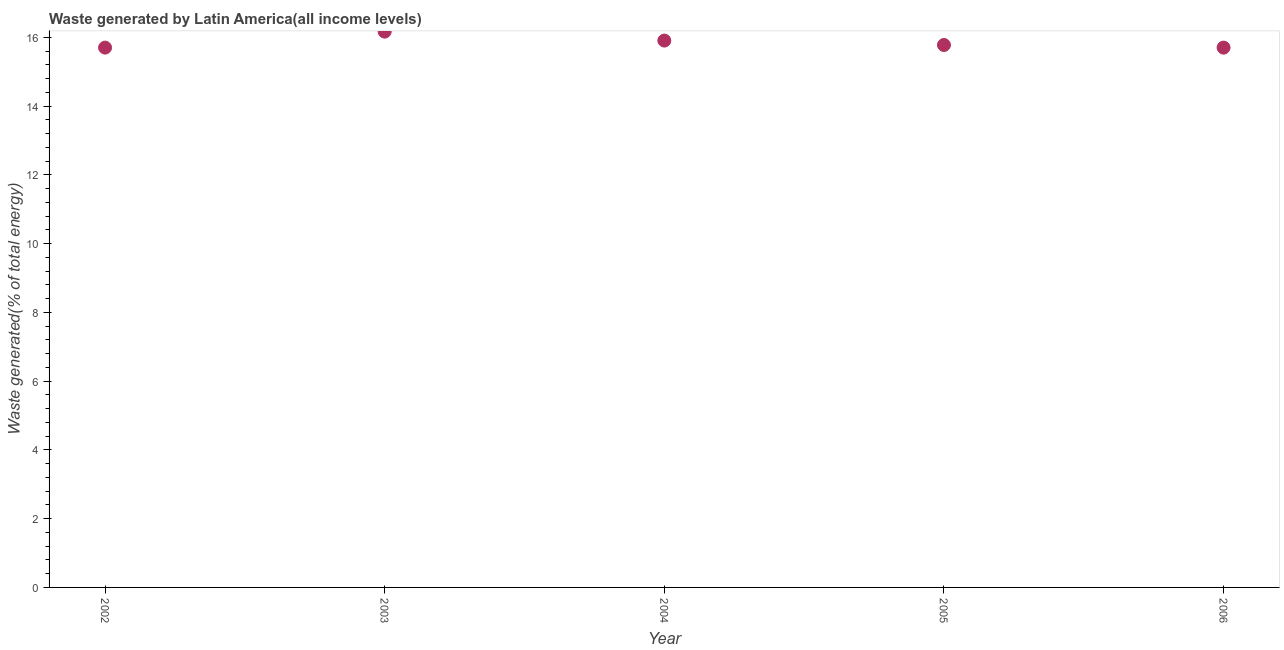
| Year | Combustible renewables and waste (% of total energy) |
 | --- | --- |
 | 2002 | 15.7 |
 | 2003 | 16.2 |
 | 2004 | 15.9 |
 | 2005 | 15.8 |
 | 2006 | 15.7 |